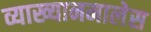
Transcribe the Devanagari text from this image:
व्याख्यानमालेस